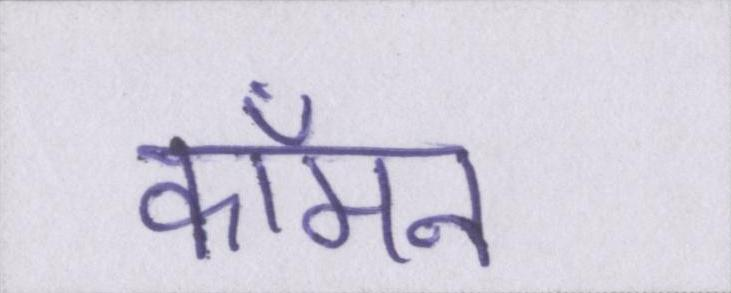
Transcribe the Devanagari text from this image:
कॉमन